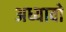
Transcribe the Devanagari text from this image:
अध्यावो